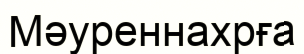
Мәуреннахрға